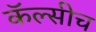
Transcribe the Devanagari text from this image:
कॅल्सीच